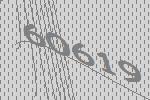
60619